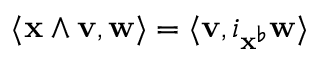
\langle \mathbf { x } \wedge \mathbf { v } , \mathbf { w } \rangle = \langle \mathbf { v } , i _ { \mathbf { x } ^ { \flat } } \mathbf { w } \rangle